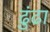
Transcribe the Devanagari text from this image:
ढुंढा